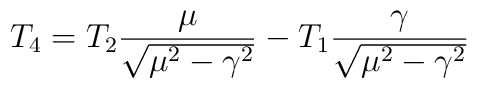
T_4 =T_2 \frac{\mu}{\sqrt{\mu^2 -\gamma^2}}-T_1 \frac{\gamma}{\sqrt{\mu^2 -\gamma^2}}